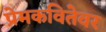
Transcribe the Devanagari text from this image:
प्रेमकवितेवर